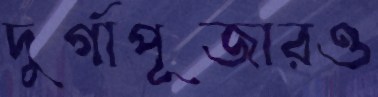
দুর্গাপূজারও